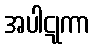
အပါဋုကာ